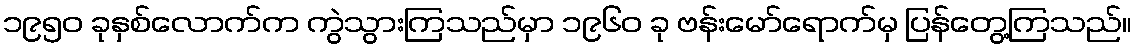
၁၉၅၀ ခုနှစ်လောက်က ကွဲသွားကြသည်မှာ ၁၉၆၀ ခု ဗန်းမော်ရောက်မှ ပြန်တွေ့ကြသည်။